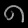
Digit: ၈